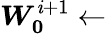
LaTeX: \boldsymbol{W_{0}}^{\mathit{i}+1}\leftarrow